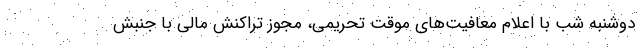
دوشنبه شب با اعلام معافیت‌های موقت تحریمی، مجوز تراکنش مالی با جنبش